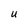
Character: U